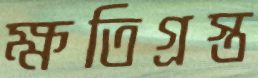
ক্ষতিগ্রস্ত